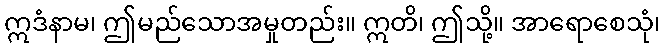
ဣဒံနာမ၊ ဤမည်သောအမှုတည်း။ ဣတိ၊ ဤသို့။ အာရောစေသုံ၊